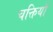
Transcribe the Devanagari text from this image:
चक्तियाँ